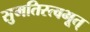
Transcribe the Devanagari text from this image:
सुमतिस्त्वभूत्